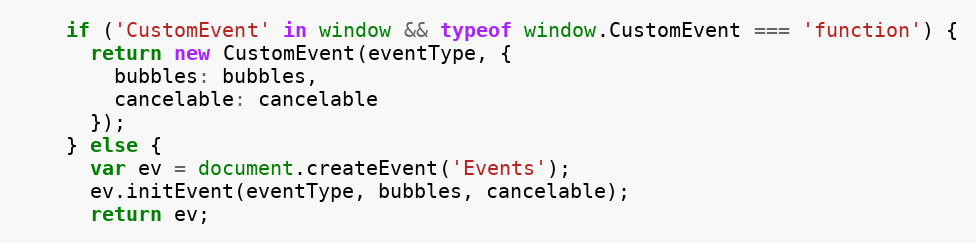
Language: JavaScript
    if ('CustomEvent' in window && typeof window.CustomEvent === 'function') {
      return new CustomEvent(eventType, {
        bubbles: bubbles,
        cancelable: cancelable
      });
    } else {
      var ev = document.createEvent('Events');
      ev.initEvent(eventType, bubbles, cancelable);
      return ev;